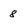
Character: 8